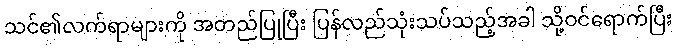
သင်၏လက်ရာများကို အတည်ပြုပြီး ပြန်လည်သုံးသပ်သည့်အခါ သို့ဝင်ရောက်ပြီး